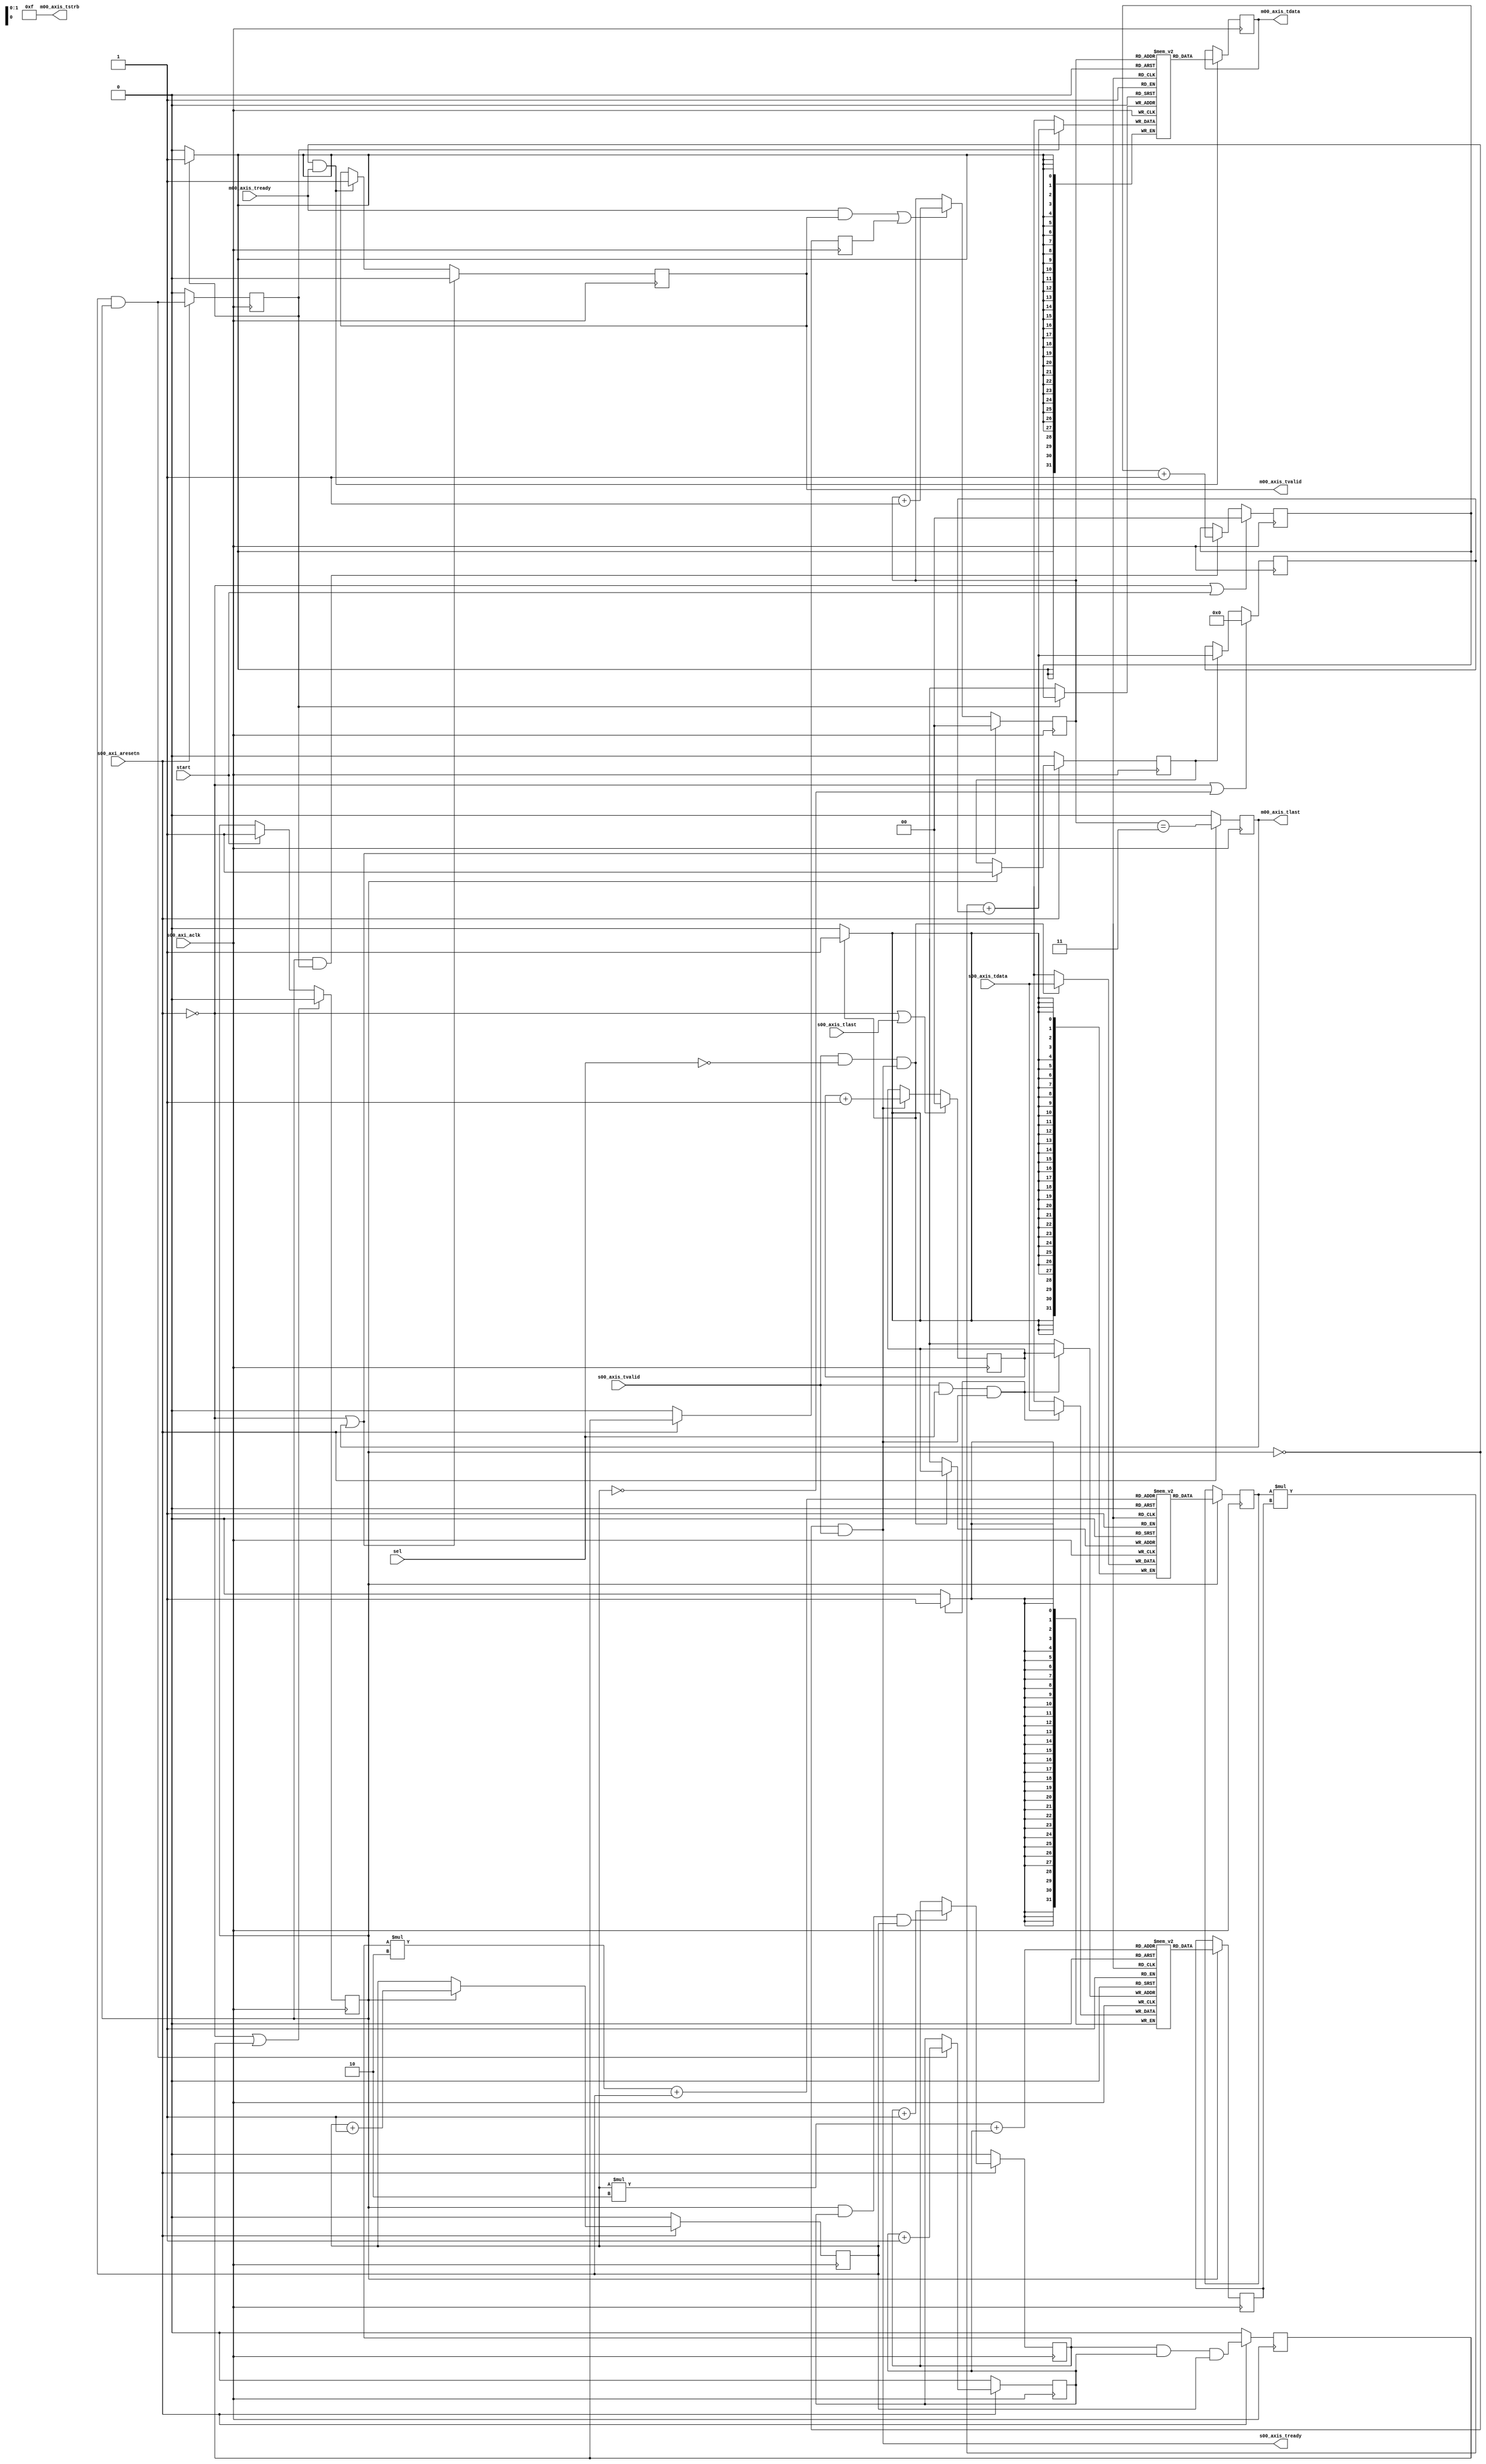
`timescale 1ns / 1ps
//////////////////////////////////////////////////////////////////////////////////
// Company: Uppsala University
// Course: 1DT109
// Design Name: 
// Module Name: mat_mul
// Project Name: 
// Target Devices: 
// Tool Versions: 
// Description: 
// 
// Dependencies: 
// 
// Revision: 3
// Revision 0.01 - File Created
// Additional Comments:
// 
//////////////////////////////////////////////////////////////////////////////////


module mat_mul #
	(
        parameter integer DIM_LOG = 1,     /* matrix dimention in log2; e.g. A[8][8] has the DIM of 8, DIM_LOG of 3, and SIZE of 64; change this as desired;
                                              you will need to set this parameter in the testbench and the ARM software in the SDK. */
        parameter integer DIM = 2**DIM_LOG,
        parameter integer SIZE = DIM*DIM,
        parameter integer SIZE_LOG = 2*DIM_LOG,
        parameter integer DATA_WIDTH = 32
    )
    (
        // Clock and Reset shared with the AXI-Lite Slave Port
		input wire  s00_axi_aclk,
		input wire  s00_axi_aresetn,
		
		// AXI-Stream Slave
		output wire  s00_axis_tready,
		input wire [DATA_WIDTH-1 : 0] s00_axis_tdata,
		input wire  s00_axis_tlast,
        input wire  s00_axis_tvalid,
        
        // AXI-Stream Master
		output wire  m00_axis_tvalid,
        output wire [DATA_WIDTH-1 : 0] m00_axis_tdata,
        output wire [(DATA_WIDTH/8)-1 : 0] m00_axis_tstrb,
        output wire  m00_axis_tlast,
        input wire  m00_axis_tready,
        
        // Matrix-select and Start signals coming from the AXI-Lite Slave Port
        input wire sel, 
        input wire start
    );

    // (state) control flags
	reg busy;              // Accelerator is busy computing
	reg item_done;         // one item of the result matrix is ready
	reg matrix_done;       // the whole result matrix is ready
	reg start_transfer;    // start of transferring the result matrix back to the PS
	reg transfer;          // accelerator is transferring the results back
	reg last_transfer;     // last item of the result being transferred
	reg mac_enable;        // mac register will be updated with the value of multiply-and-add
    
    // Block RAMs
    reg [DATA_WIDTH-1 : 0] mem_A [0 : SIZE-1]; // BRAM for matrix A
    reg [DATA_WIDTH-1 : 0] mem_B [0 : SIZE-1]; // BRAM for matrix B
    reg [DATA_WIDTH-1 : 0] mem_R [0 : SIZE-1]; // BRAM for the result matrix
    
    // BRAM Output Registers 
    reg [DATA_WIDTH-1 : 0] mat_A;   // matrix A read-out
    reg [DATA_WIDTH-1 : 0] mat_B;   // matrix B read-out
    reg [DATA_WIDTH-1 : 0] mat_R;   // result matrix read-out

    // Stream-In and Stream-out addresses
    reg [SIZE_LOG-1 : 0] addr_stream_in;    // address used to fill in matrices A and B
    reg [SIZE_LOG-1 : 0] addr_stream_out;   // address used to read-out and transfer the result matrix

    // Addresses used to read from and write to the matrices during the multiplication
    wire [SIZE_LOG-1 : 0] addr_A;   // address used to read from matrix A during multiplication
    wire [SIZE_LOG-1 : 0] addr_B;   // address used to read from matrix B during multiplication
    reg [SIZE_LOG-1 : 0] addr_R;    // address used to write to the result matrix during multiplication; note that this address is register, not wire!
    
    // Counters used to traverse the matrices during the multiplication
    reg [DIM_LOG-1 : 0] row_cnt;    // row counter; indicates the row of the multiplication
    reg [DIM_LOG-1 : 0] col_cnt;    // column counter; indicates the column of the multiplication
    reg [DIM_LOG-1 : 0] tmp_cnt;    // temporary counter; indicates the intermediate index of the multiplication
    
    // multiply-and-addition
    wire [DATA_WIDTH-1 : 0] mad;    // multiply and addition of intermediate values during multiplication
    reg [DATA_WIDTH-1 : 0] mac;     // the previous mad value (i.e. accumulator)
    
    
    // Accelerator is ready to receive data
    assign s00_axis_tready = !busy  && s00_axis_tvalid ; // TODO: when should the accelerator accept new data? refer to the control flags declared above;
    
    // Stream-in address: generates the next address for the stream-in data
    always @ (posedge s00_axi_aclk) begin
        if (!s00_axi_aresetn || s00_axis_tlast)
            addr_stream_in <= 0;
        else if (s00_axis_tready) // TODO: When should the address change? refer to the AXI-Stream Slave protocol and the control flags.
            addr_stream_in <= addr_stream_in+1 ; // TODO: what should the next address be?
    end
    
    // Matrix A BRAM
    always @ (posedge s00_axi_aclk) begin 
        if (s00_axis_tvalid && !sel && s00_axis_tready) // TODO: write-enable signal; when should we write to the matrix A? refer to the AXI-Stream Slave protocol and the control flags.
            mem_A [addr_stream_in] <= s00_axis_tdata;
        if (busy) // TODO: read-enable signal; when should we read from the matrix A? refer to the control flags.
            mat_A <= mem_A [addr_A];
    end
    
    // Matrix B BRAM
    always @ (posedge s00_axi_aclk) begin
        if (s00_axis_tvalid && sel && s00_axis_tready) // TODO: write-enable signal; when should we write to the matrix B? refer to the AXI-Stream Slave protocol and the control flags.
            mem_B [addr_stream_in] <= s00_axis_tdata;
        if (busy) // TODO: read-enable signal; when should we read from the matrix B? refer to the control flags.
            mat_B <= mem_B [addr_B];
    end
    
    // Stream-Out Data via AXI-Stream Master    
    assign m00_axis_tstrb = 4'hf;   // always f; byte-enable signal;
    assign m00_axis_tdata = mat_R;  // TODO: where do the stream-out data (result) come from?
    assign m00_axis_tlast = last_transfer;  // TODO: when should we set the signal for the last stream-out? refer to the control flags;
    assign m00_axis_tvalid =  transfer;// TODO: when are the stream-out data valid? refer to the control flags;
    
    // Stream-Out Address: generates the next stream-out address
    always @ (posedge s00_axi_aclk) begin
        if (!s00_axi_aresetn || last_transfer) // TODO: when should we reset the stream-out address? refer to the control flags;
            addr_stream_out <= 0;
        else if ((m00_axis_tready && transfer  || start_transfer  )) // TODO: When should the address change? refer to the AXI-Stream Master protocol and the control flags.
            addr_stream_out <=   addr_stream_out + 1; // TODO: what should the next address be?
    end
    
    // Start the transfer of the results to the PS
    always @ (posedge s00_axi_aclk) begin
        if (!s00_axi_aresetn)
            start_transfer <= 0;
        else
            start_transfer <= matrix_done;// TODO: refer to the control signals; this signal shall be asserted for one clock cycle.
    end
     
    // Accelerator is busy transferring the results back to the PS
    always @ (posedge s00_axi_aclk) begin
        if (!s00_axi_aresetn || m00_axis_tlast ) // TODO: when to reset? refer to the control signals.
            transfer <= 0;
        else if (!busy && m00_axis_tready ) // TODO: refer to the control signals; this signal shall remain asserted while transferring the results.
            transfer <= 1; 
    end
    
    // Transferring the last result
    always @ (posedge s00_axi_aclk) begin
        if (!s00_axi_aresetn)
            last_transfer <= 0;
        else
            last_transfer <= (addr_stream_out == SIZE-1);// TODO: this signal should be asserted for one clock cycle when transferring the last address.
    end
    
    // Result matrix BRAM
    always @ (posedge s00_axi_aclk) begin
        if (item_done) // TODO: write-enable signal; when should we write to the result matrix? refer to the control flags.
            mem_R [addr_R] <= mad ; // TODO: which value should we write to the result matrix? Where does the multiplication result come from?
        if (!busy  && m00_axis_tready ) // TODO: read-enable signal; when should we read from the result matrix? refer to the AXI-Stream Master protocol and the control flags.
            mat_R <= mem_R [addr_stream_out];
    end
    
    // Accelerator is busy multiplying
    always @ (posedge s00_axi_aclk) begin
        if (!s00_axi_aresetn || matrix_done )// TODO: when is the accelerator not multiplying? refer to the control flags.
            busy <= 0;
        else if (start ) // TODO: when is the accelerator busy multiplying? this signal shall be asserted while the accelerator is multiplying.
            busy <= 1'b1;
    end
    
    // One item of the result matrix is ready
    always @ (posedge s00_axi_aclk) begin
        if (!s00_axi_aresetn)
            item_done <= 0;
        else
            item_done <= (tmp_cnt==DIM-1 && busy) ; // TODO: this signal should be asserted when computing the last partial value in a row and column; refer to the address counters.
    end
    
    // The whole result matrix is ready
    always @ (posedge s00_axi_aclk) begin
        if (!s00_axi_aresetn)
            matrix_done <= 0;
        else
            matrix_done <= (row_cnt == DIM-1) && (col_cnt == DIM-1) && (tmp_cnt==DIM-1) ; // TODO: this signal should be asserted when computing the last partial value in the last row and column; refer to the address counters.
    end
    
    // Temporary counter for the inner-most loop when computing the partial (intermediate) values
    always @ (posedge s00_axi_aclk) begin
        if (!s00_axi_aresetn || tmp_cnt == DIM) // TODO: when to reset? refer to the control flags.
            tmp_cnt <= 0;
        else if (busy) // TODO: when to increment the inner-most loop? refer to the control flags.
            tmp_cnt <= tmp_cnt + 1;
    end
    
    // Column counter
    always @ (posedge s00_axi_aclk) begin
        if (!s00_axi_aresetn || col_cnt==DIM) // TODO: when to reset? refer to the control flags.
            col_cnt <= 0;
        else if (busy && tmp_cnt==DIM-1) // TODO: when to increment? refer to the (multiplication) loop order.
            col_cnt <= col_cnt + 1;
    end
    
    // Row counter
    always @ (posedge s00_axi_aclk) begin
        if (!s00_axi_aresetn || row_cnt==DIM) // TODO: when to reset? refer to the control flags.
            row_cnt <= 0;
        else if (busy && col_cnt == DIM-1 && tmp_cnt==DIM-1) // TODO: when to increment? refer to the (multiplication) loop order.
            row_cnt <= row_cnt + 1;
    end
    
    // Addresses used during the multiplication
    assign addr_A = row_cnt * (DIM) + tmp_cnt; // TODO: refer to the matrix dimension and the loop counters
    assign addr_B = tmp_cnt * (DIM) + col_cnt;
   

    always @ (posedge s00_axi_aclk) begin
        if (!s00_axi_aresetn || start)
            addr_R <= 0;
        else if (busy && item_done) // TODO: when to increment the address used to write to the result matrix? refer to the control flags. 
            addr_R <= addr_R + 1 ; // TODO: what should the next address be?
    end
        
    // Multiply-and-Add
    assign mad = mat_A * mat_B + mac;

    // [multiply-and-]Accumulator (partial sum)
    always @ (posedge s00_axi_aclk) begin
       if (!s00_axi_aresetn || tmp_cnt==0 ) // TODO: when to reset the partial sum? refer to the control flags (inner-most loop)
           mac <= 0;
       else if (mac_enable)
           mac <= mad ; // TODO: what is the partial sum?
    end
    
    // MAC-Enable
    always @ (posedge s00_axi_aclk) begin
       if (!s00_axi_aresetn)
           mac_enable <= 0;
       else if (busy)
           mac_enable <= 1; // TODO: when to write to the MAC? refer to the control flags.
    end
        
endmodule